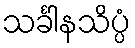
သင်္ခါနသိပ္ပံ